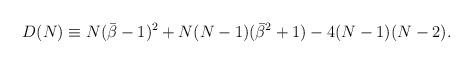
LaTeX: \begin{align*}D(N)\equiv N({\bar\beta}-1)^2+N(N-1)({\bar\beta}^2+1)-4(N-1)(N-2).\end{align*}